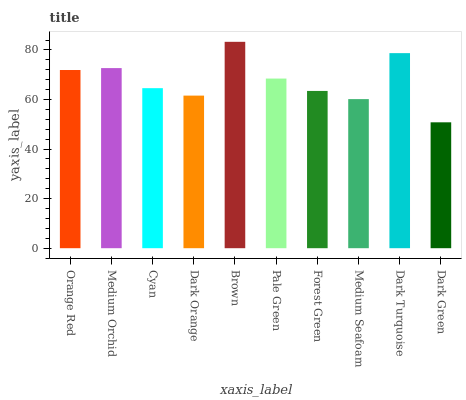
| xaxis_label | bars |
 | --- | --- |
 | Orange Red | 71.9 |
 | Medium Orchid | 72.7 |
 | Cyan | 64.6 |
 | Dark Orange | 61.6 |
 | Brown | 83.3 |
 | Pale Green | 68.4 |
 | Forest Green | 63.5 |
 | Medium Seafoam | 60.2 |
 | Dark Turquoise | 78.7 |
 | Dark Green | 50.8 |